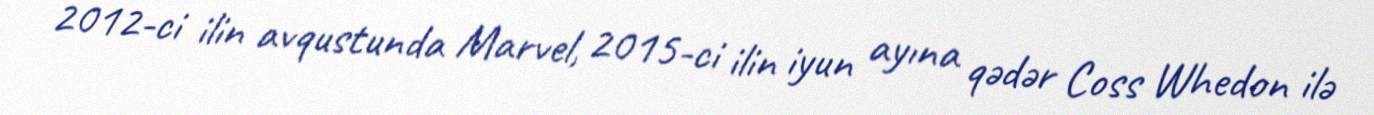
2012-ci ilin avqustunda Marvel, 2015-ci ilin iyun ayına qədər Coss Whedon ilə